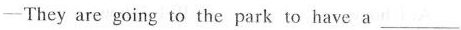
—They are going to the park to have a ___